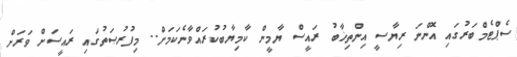
ސެޕްޓެމްބަރުގައި އޮންނަ ރިޔާސީ އިންތިޚާބު ރައީސް ޔާމީން ކާމިޔާބުކުރައްވާނެކަމަށް.. މިފުރުޞަތުގައި ރައީސަށް ވަރަށް